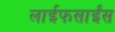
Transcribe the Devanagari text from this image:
लाईफसाईंस